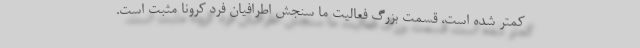
کمتر شده است، قسمت بزرگ فعالیت ما سنجش اطرافیان فرد کرونا مثبت است.